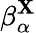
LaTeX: \beta_{\alpha}^{\tt\mathbf{X}}